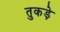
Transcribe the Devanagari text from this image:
तुकड़े